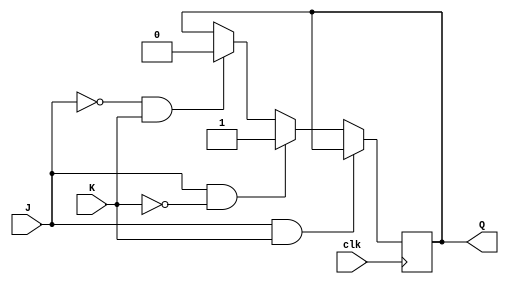
module jk_latch (
    input wire J,
    input wire K,
    input wire clk,
    output reg Q
);

reg internal_Q;

always @(posedge clk) begin
    if (J & K)
        internal_Q <= Q;
    else if (J & ~K)
        internal_Q <= 1'b1;
    else if (~J & K)
        internal_Q <= 1'b0;
end

assign Q = internal_Q;

endmodule